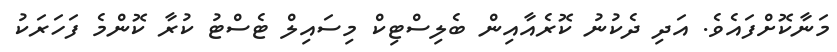
މަނާކޮށްފައެވެ. އަދި ދެކުނު ކޮރެއާއިން ބެލިސްޓިކް މިސައިލް ޓެސްޓު ކުރާ ކޮންމެ ފަހަރަކު